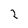
Character: 2